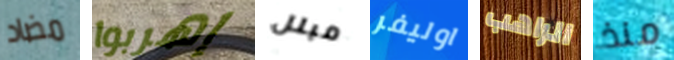
مضاد إهربوا مبلل اوليفر الراهب منذ